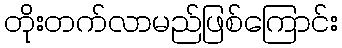
တိုးတက်လာမည်ဖြစ်ကြောင်း